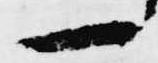
一